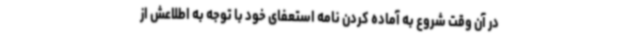
در آن وقت شروع به آماده کردن نامه استعفای خود با توجه به اطلاعش از